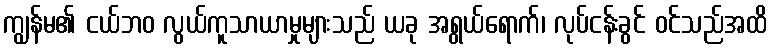
ကျွန်မ၏ ငယ်ဘဝ လွယ်ကူသာယာမှုများသည် ယခု အရွယ်ရောက်၊ လုပ်ငန်းခွင် ဝင်သည်အထိ